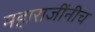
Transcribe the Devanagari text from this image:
महाराजींनीच